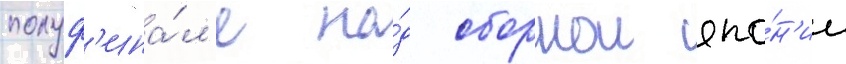
полуф'ина́л'е на́д сборнои япо́н'ии